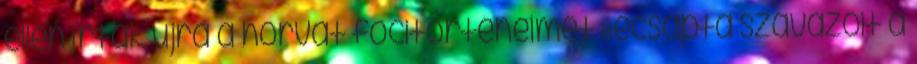
ellen írták újra a horvát focitörténelmet Becsapta szavazóit a